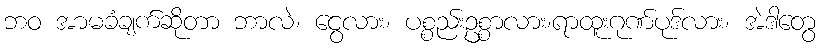
ဘဝ အာမခံချက်ဆိုတာ ဘာလဲ၊ ငွေလား၊ ပစ္စည်းဥစ္စာလား၊ရာထူးဂုဏ်ပုဒ်လား၊ အဲဒါတွေ